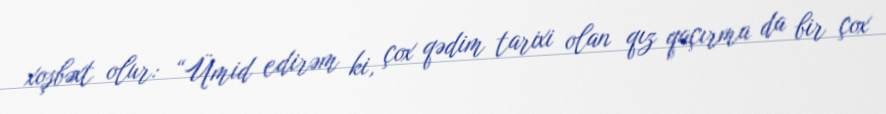
xoşbəxt olur: “Ümid edirəm ki, çox qədim tarixi olan qız qaçırma da bir çox